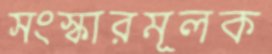
সংস্কারমূলক